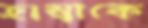
হাম্বাকে